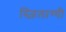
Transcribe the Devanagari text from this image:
स्ज़िलाग्यी